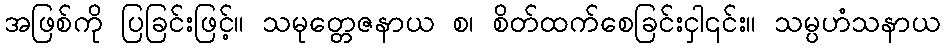
အဖြစ်ကို ပြခြင်းဖြင့်။ သမုတ္တေဇနာယ စ၊ စိတ်ထက်စေခြင်းငှါ၎င်း။ သမ္ပဟံသနာယ